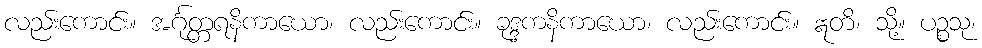
လည်းကောင်း။ အင်္ဂုတ္တရနိကာယော၊ လည်းကောင်း။ ခုဒ္ဒကနိကာယော၊ လည်းကောင်း။ ဣတိ၊ သို့။ ပဉ္စသု၊